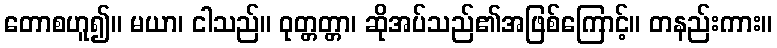
တောစဟူ၍။ မယာ၊ ငါသည်။ ဝုတ္တတ္တာ၊ ဆိုအပ်သည်၏အဖြစ်ကြောင့်။ တနည်းကား။